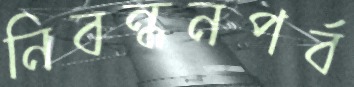
নিবন্ধনপর্ব